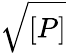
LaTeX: \sqrt{[P]}